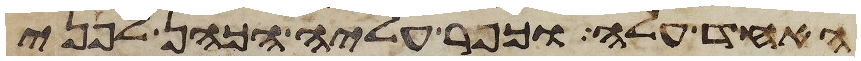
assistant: האחד עלה וכפר עליה הכהן לפני